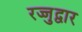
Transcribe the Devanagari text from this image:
रज्जुद्वार